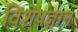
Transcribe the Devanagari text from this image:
विशेषज्ञान